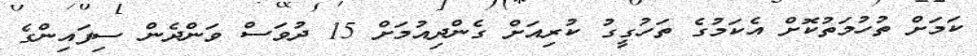
ކަމަށް ތުހުމަތުކޮށް އެކަމުގެ ތަހުގީގު ކުރިއަށް ގެންދިއުމަށް 15 ދުވަސް ވަންދެން ސިފައިންގެ